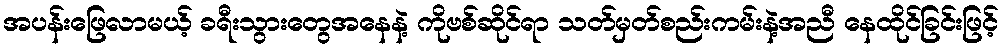
အပန်းဖြေလာမယ့် ခရီးသွားတွေအနေနဲ့ ကိုဗစ်ဆိုင်ရာ သတ်မှတ်စည်းကမ်းနဲ့အညီ နေထိုင်ခြင်းဖြင့်